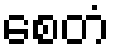
စေတံ